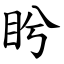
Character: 盻